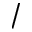
/